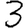
Digit: 3